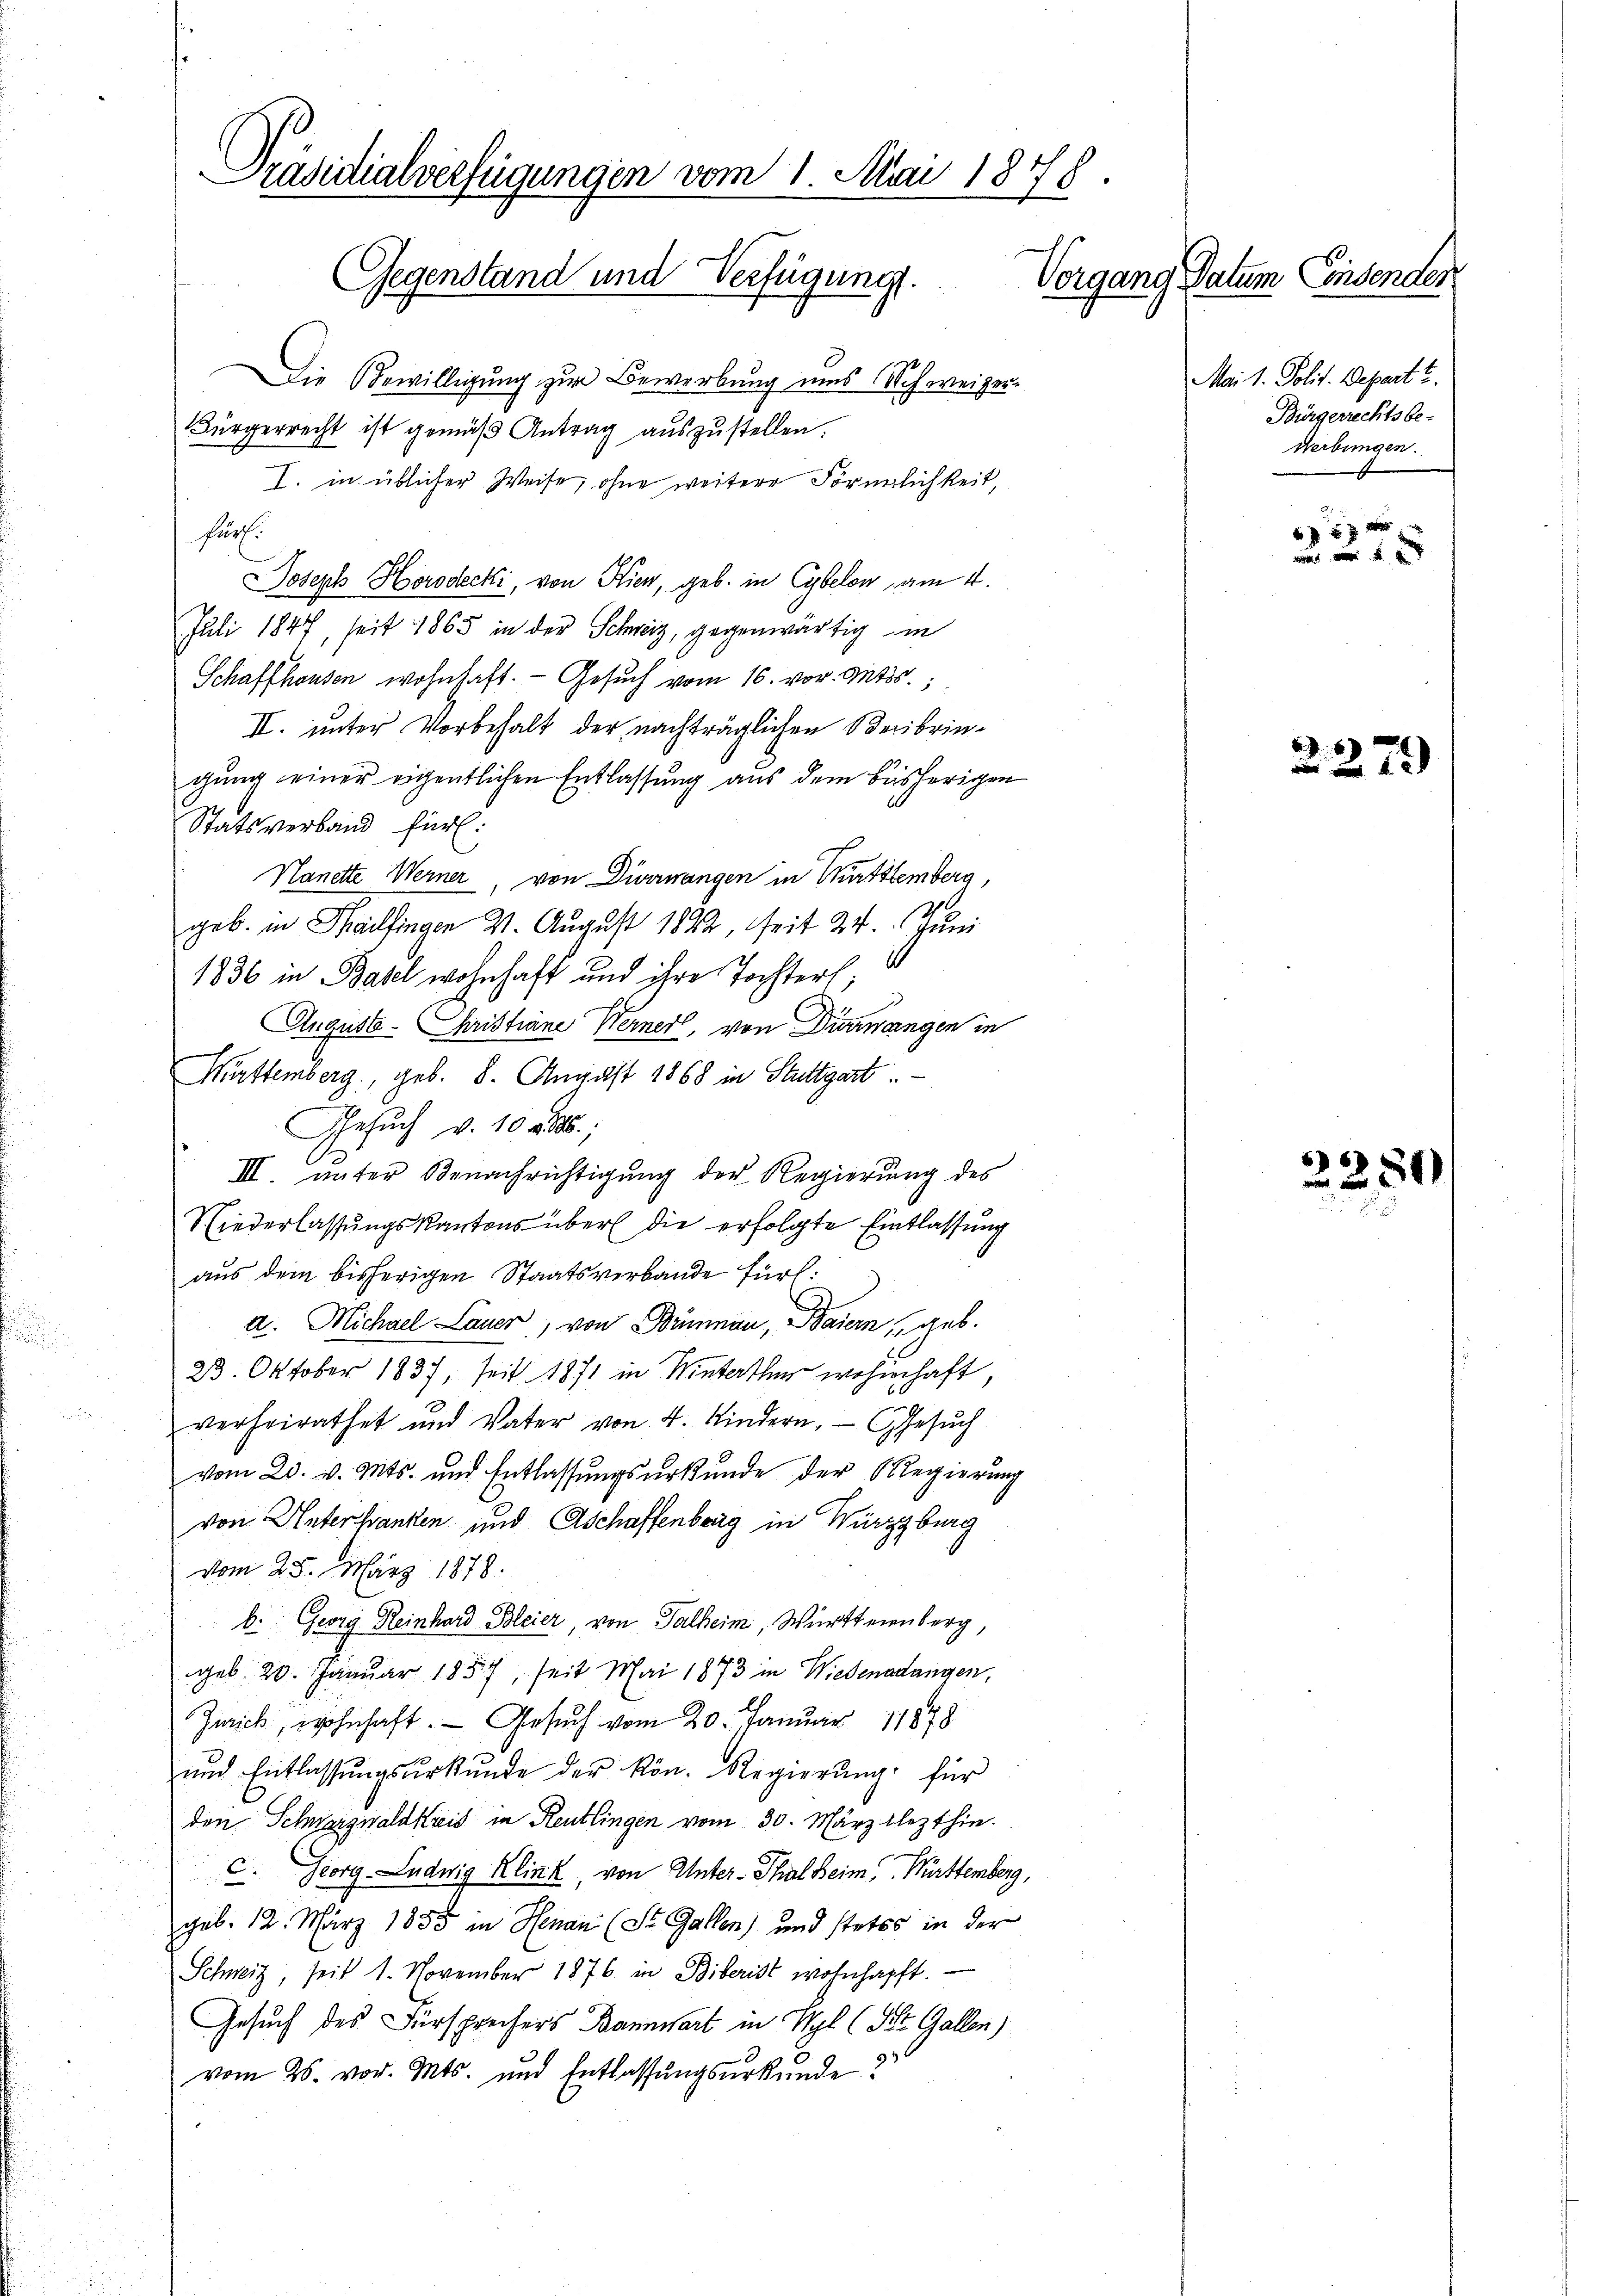
Präsidialverfügungen vom 1. Mai 1878.
Gegenstand und Verfügung.
Vorgang Datum Einsender

Die Bewilligung zur Bewerbung uns Schweizer¬
Bürgerrecht ist gemäß Antrag auszustellen.
I. in üblicher Weise, ohne weitere Förmlichkeit
fürf.
Joseph Horodecki, von Kien, geb. in Cybelon am 4.
Juli 1847, seit 1865 in der Schweiz, gegenwärtig in
Schaffhausen wohnhaft. Gesŭch vom 16. vor. Mts.,
II. unter Vorbehalt der nachträglichen Verbringung einer eigentlichen Entlassung aus dem bisherigen
Statsverband für:
Nanette Werner, von Diermangen in Württemberg,
geb. in Maulfingen 3. August 1822, seit 24. Juni
1836 in Basel wohnhaft und ihre Tochters;
August Christiane Werner, von Diermangen in
Württemberg, geb. 8. August 1868 in Stuttgart.
Gesuch v. 10 d
III. unter Benachrichtigung der Regierung des
Niederlassungskantons über die erfolgte Entlassung
aus dem bisherigen Staatsverbande fürl:
a. Michael Lauer, von Bünau, Baiern geb.
23. Oktober 1837, seit 1871 in Winterthur wohnhaft,
verheirathet und Vater von 4. Kindern, Gesŭch
vom 23. v. Mts. und Entlassungsurkunde der Regierung
von Unterfranken und Aschaffenberg in Würzburg
vom 25. März 1878.
b. Georg Reinhard Bleier, von Talheim, Württeienberg
geb. 20. Januar 1857, seit Mai 1873 in Wiedenadangen,
Zurick, wohnhaft. — Gesuch vom 20. Januar 1848
ŭnd Entlassŭngsŭrkŭnde der kön. Regierŭng für
den Schwarzwaldkreis in Reutlingen vom 30. März lezthin.
c. Georg Ludwig Klink von Unter-Thal Beim Württemberg,
geb. 12. März 1855 in Henau (St. Gallen) und stetes in der
Schweiz, seit 1. November 1876 in Biberist wohnhaft.
Gesuch des Fürsprechers Bannwart in Wyl (St. Gallen)
vom 25. vor. Mts. und Entlassŭngsŭrkŭnde?

Mai 1. Polit. Depart?
Bürgerrechtsbe-
Nerbungen.

xx

a

79

2284)